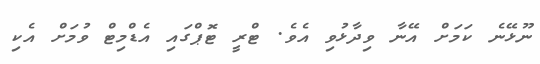
ނޫޅޭނެ ކަމަށް އޭނާ ވިދާޅުވި އެވެ. ޓްރީ ޓޮޕްގައި އެޑްމިޓް ވުމަށް އެކި